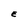
Character: E